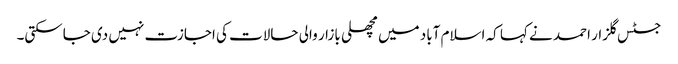
جسٹس گلزار احمد نے کہا کہ اسلام آباد میں مچھلی بازار والی حالات کی اجازت نہیں دی جاسکتی۔